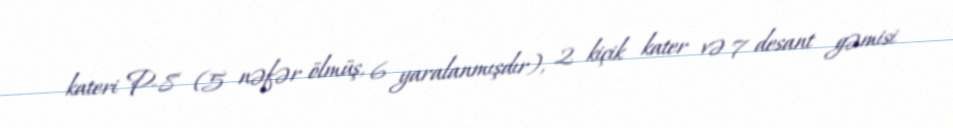
kateri P-8 (5 nəfər ölmüş, 6 yaralanmışdır), 2 kiçik kater və 7 desant gəmisi